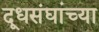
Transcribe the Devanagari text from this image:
दूधसंघांच्या